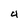
Character: 4